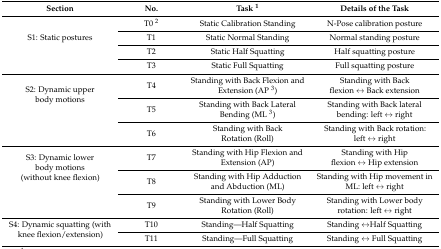
| Section | No. | Task 1 | Details of the Task |
 | --- | --- | --- | --- |
 | <ROWSPAN=4> S1: Static postures | T0 2 | Static Calibration Standing | N-Pose calibration posture |
 | T1 | Static Normal Standing | Normal standing posture |
 | T2 | Static Half Squatting | Half squatting posture |
 | T3 | Static Full Squatting | Full squatting posture |
 | <ROWSPAN=3> S2: Dynamic upper body motions | T4 | Standing with Back Flexion and Extension (AP 3) | Standing with Back flexion ↔ Back extension |
 | T5 | Standing with Back Lateral Bending (ML 3) | Standing with Back lateral bending: left ↔ right |
 | T6 | Standing with Back Rotation (Roll) | Standing with Back rotation: left ↔ right |
 | <ROWSPAN=3> S3: Dynamic lower body motions (without knee flexion) | T7 | Standing with Hip Flexion and Extension (AP) | Standing with Hip flexion ↔ Hip extension |
 | T8 | Standing with Hip Adduction and Abduction (ML) | Standing with Hip movement in ML: left ↔ right |
 | T9 | Standing with Lower Body Rotation (Roll) | Standing with Lower body rotation: left ↔ right |
 | <ROWSPAN=2> S4: Dynamic squatting (with knee flexion/extension) | T10 | Standing—Half Squatting | Standing ↔Half Squatting |
 | T11 | Standing—Full Squatting | Standing ↔ Full Squatting |